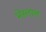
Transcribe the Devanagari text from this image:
भेस्‍लाल